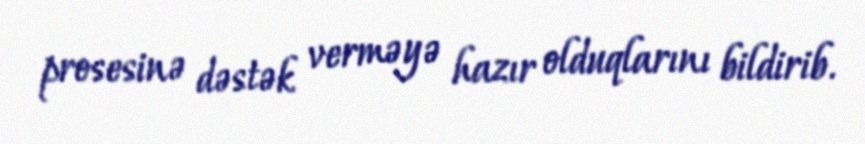
prosesinə dəstək verməyə hazır olduqlarını bildirib.